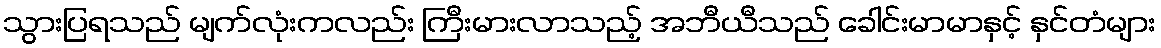
သွားပြရသည် မျက်လုံးကလည်း ကြီးမားလာသည့် အဘီယီသည် ခေါင်းမာမာနှင့် နှင်တံများ